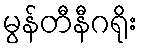
မွန်တီနီဂရိုး